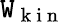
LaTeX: \mathtt{W}_{\mathrm{{~k~i~n~}}}